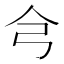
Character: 𢎦